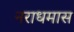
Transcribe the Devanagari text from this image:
नराधमास